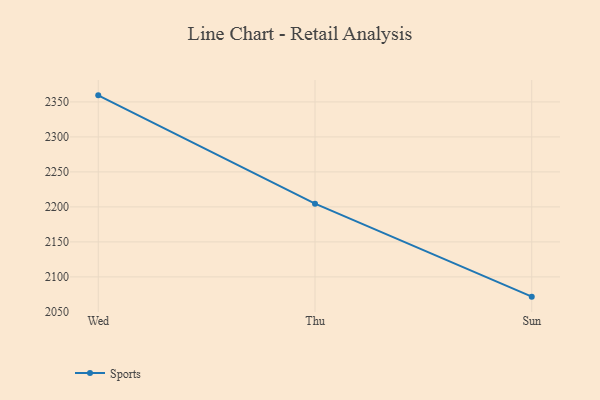
{"axis": {"x": "Day", "y": "Population (Million)"}, "legend": ["Sports"], "data": [{"x": "Wed", "y": 2359.4, "type": "Sports"}, {"x": "Thu", "y": 2204.6, "type": "Sports"}, {"x": "Sun", "y": 2071.8, "type": "Sports"}]}